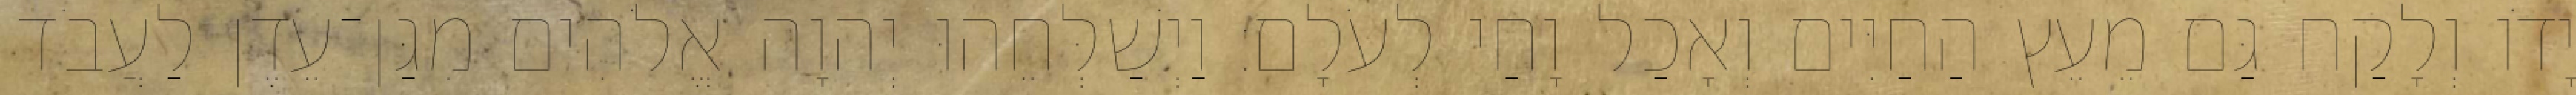
יָדֹו וְלָקַח גַּם מֵעֵץ הַחַיִּים וְאָכַל וָחַי לְעֹלָם׃ וַיְשַׁלְּחֵהוּ יְהוָה אֱלֹהִים מִגַּן־עֵדֶן לַעֲבֹד